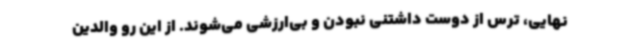
نهایی، ترس از دوست داشتنی نبودن و بی‌ارزشی می‌شوند. از این رو والدین